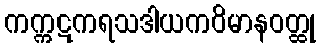
ကက္ကဋကရသဒါယကဝိမာနဝတ္ထု